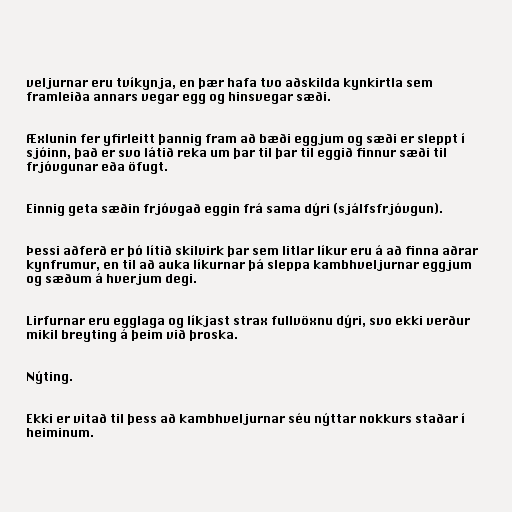
veljurnar eru tvíkynja, en þær hafa tvo aðskilda kynkirtla sem
framleiða annars vegar egg og hinsvegar sæði.

Æxlunin fer yfirleitt þannig fram að bæði eggjum og sæði er sleppt í
sjóinn, það er svo látið reka um þar til þar til eggið finnur sæði til
frjóvgunar eða öfugt.

Einnig geta sæðin frjóvgað eggin frá sama dýri (sjálfsfrjóvgun).

Þessi aðferð er þó lítið skilvirk þar sem litlar líkur eru á að finna aðrar
kynfrumur, en til að auka líkurnar þá sleppa kambhveljurnar eggjum
og sæðum á hverjum degi.

Lirfurnar eru egglaga og líkjast strax fullvöxnu dýri, svo ekki verður
mikil breyting á þeim við þroska.

Nýting.

Ekki er vitað til þess að kambhveljurnar séu nýttar nokkurs staðar í
heiminum.